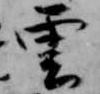
雲